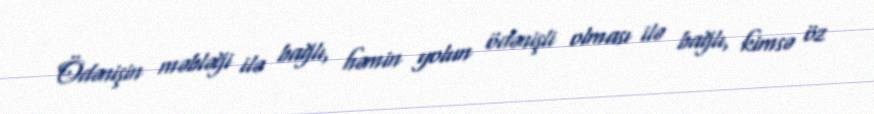
Ödənişin məbləği ilə bağlı, həmin yolun ödənişli olması ilə bağlı, kimsə öz